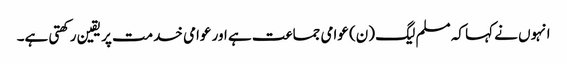
انہوں نے کہا کہ مسلم لیگ (ن) عوامی جماعت ہے اور عوامی خدمت پر یقین رکھتی ہے۔